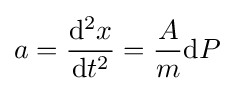
a={\frac {\mathrm {d} ^{2}x}{\mathrm {d} t^{2}}}={\frac {A}{m}}\mathrm {d} P